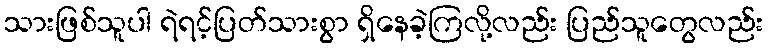
သားဖြစ်သူပါ ရဲရင့်ပြတ်သားစွာ ရှိနေခဲ့ကြလို့လည်း ပြည်သူတွေလည်း